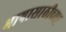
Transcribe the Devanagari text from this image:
भाषासाठीच्या